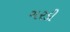
ગરડી